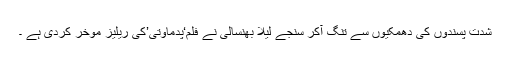
شدت پسندوں کی دھمکیوں سے تنگ آکر سنجے لیلا بھنسالی نے فلم‘پدماوتی’کی ریلیز موخر کردی ہے ۔